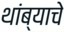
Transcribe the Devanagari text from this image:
थांब्याचे